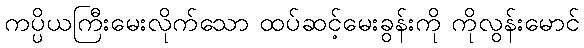
ကပ္ပိယကြီးမေးလိုက်သော ထပ်ဆင့်မေးခွန်းကို ကိုလွန်းမောင်